Scottish Certificate of Education, 1963
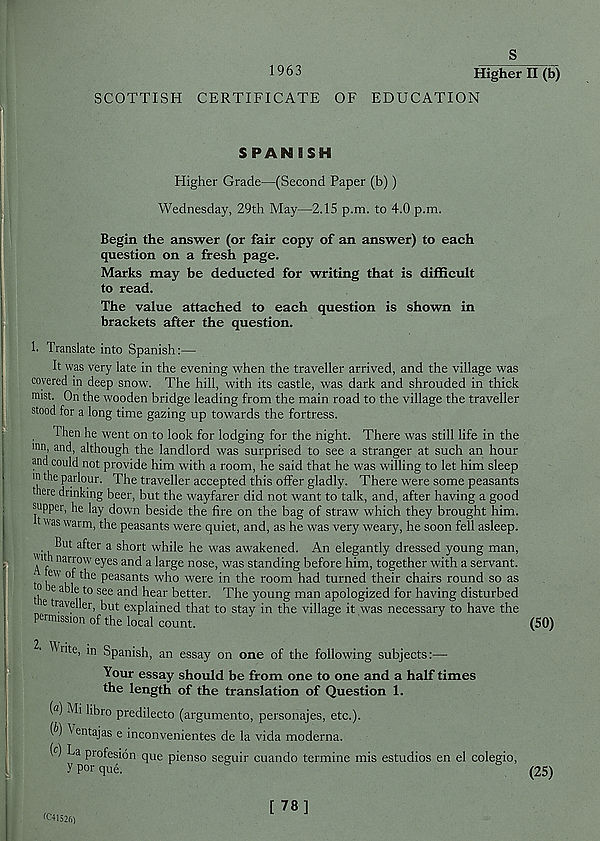
1963
SCOTTISH CERTIFICATE
Higher II (b)
OF EDUCATION
SPAN ISH
Higher Grade—(Second Paper (b))
Wednesday, 29th May—2.15 p.m. to 4.0 p.m.
Begin the answer (or fair copy of an answer) to each
question on a fresh page.
Marks may be deducted for writing that is difficult
to read.
The value attached to each question is shown in
brackets after the question.
1. Translate into Spanish:—
It was very late in the evening when the traveller arrived, and the village was
covered in deep snow. The hill, with its castle, was dark and shrouded in thick
mist. On the wooden bridge leading from the main road to the village the traveller
stood for a long time gazing up towards the fortress.
Then he went on to look for lodging for the night. There was still life in the
inn, and, although the landlord was surprised to see a stranger at such an hour
and could not provide him with a room, he said that he was willing to let him sleep
m the parlour. The traveller accepted this offer gladly. There w^ere some peasants
there drinking beer, but the wmyfarer did not want to talk, and, after having a good
supper, he lay down beside the fire on the bag of straw which they brought him.
t was warm, the peasants were quiet, and, as he was very weary, he soon fell asleep.
But after a short while he was awakened. An elegantly dressed young man,
'l l narrow eyes and a large nose, was standing before him, together with a servant,
t I 6 " ki ^ P easants w ho were in the room had turned their chairs round so as
? e a°*e t0 see and hear better. 'The young man apologized for having disturbed
ie traveller, but explained that to stay in the village it was necessary to have the
permission of the local count.
IHite, in Spanish, an essay on one of the following subjects:—
Your essay should be from one to one and a half times
the length of the translation of Question 1.
( a ) Mi libro predilecto (argumento, personajes, etc.).
W ^ entajas e inconvenientes de la vida moderna.
( c ) La profesion que pienso seguir cuando termine mis estudios en el colegio,
Yporque.
^
^
S
(25)
(50)
^41526)
[ 78]